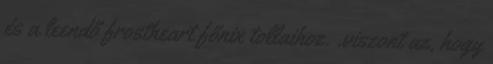
és a leendő frostheart főnix tollaihoz. .viszont az, hogy